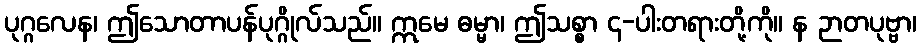
ပုဂ္ဂလေန၊ ဤသောတာပန်ပုဂ္ဂိုလ်သည်။ ဣမေ ဓမ္မာ၊ ဤသစ္စာ ၄-ပါးတရားတို့ကို။ န ဉာတပုဗ္ဗာ၊